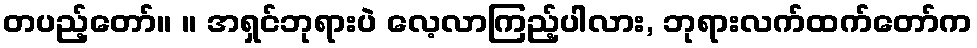
တပည့်တော်။ ။ အရှင်ဘုရားပဲ လေ့လာကြည့်ပါလား, ဘုရားလက်ထက်တော်က